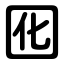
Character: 囮